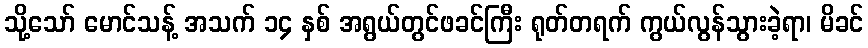
သို့သော် မောင်သန့် အသက် ၁၄ နှစ် အရွယ်တွင်ဖခင်ကြီး ရုတ်တရက် ကွယ်လွန်သွားခဲ့ရာ၊ မိခင်